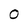
Character: 0